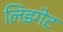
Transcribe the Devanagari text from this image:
लिडगेट